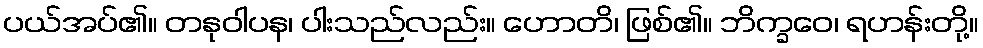
ပယ်အပ်၏။ တနုဝါပန၊ ပါးသည်လည်း။ ဟောတိ၊ ဖြစ်၏။ ဘိက္ခဝေ၊ ရဟန်းတို့။